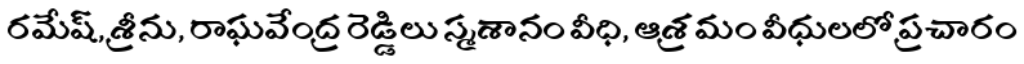
రమేష్, శ్రీను, రాఘవేంద్ర రెడ్డిలు స్మశానం వీధి, ఆశ్రమం వీధులలో ప్రచారం